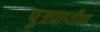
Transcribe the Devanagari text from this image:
पु्त्रप्राप्तीचा